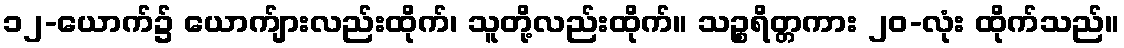
၁၂-ယောက်၌ ယောက်ျားလည်းထိုက်၊ သူတို့လည်းထိုက်။ သဉ္စရိတ္တကား ၂၀-လုံး ထိုက်သည်။